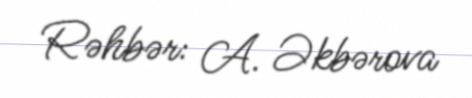
Rəhbər: A. Əkbərova